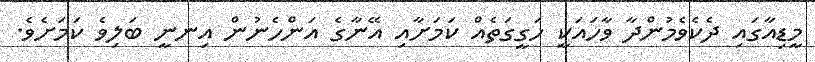
މީޑިއާގައި ދެކެވެމުންދާ ވާހައަކީ ހަގީގަތެއް ކަމަށާއި އޭނާގެ އަންހެނުން އިނނީ ބަލިވެ ކަމަށެވެ.